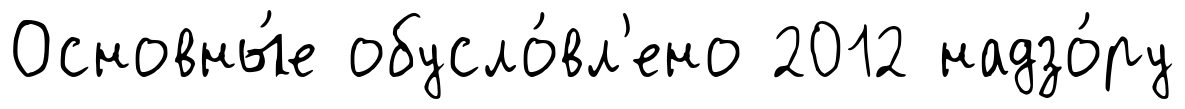
Основны́е обусло́вл'ено 2012 надзо́ру